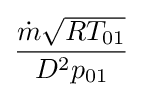
{\frac {{\dot {m}}{\sqrt {RT_{01}}}}{{D^{2}}{p_{01}}}}\